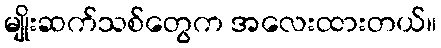
မျိုးဆက်သစ်တွေက အလေးထားတယ်။